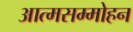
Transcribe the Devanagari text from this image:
आत्मसम्मोहन